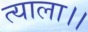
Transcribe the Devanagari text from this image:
त्याला।।